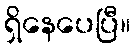
ရှိနေပေပြီ။